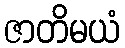
ဇာတိမယံ